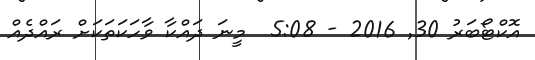
އޮކްޓޯބަރު 30